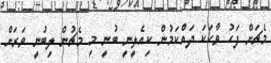
މެޗަށް ފަހު ވާހަކަ ދައްކަމުން ކިއެލީނީ ބުނީ މި މެޗުން ލިބުނީ ވަރަށް